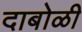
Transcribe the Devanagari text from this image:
दाबोळी